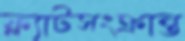
ফ্ল্যাটসংক্রান্ত